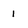
Character: 1